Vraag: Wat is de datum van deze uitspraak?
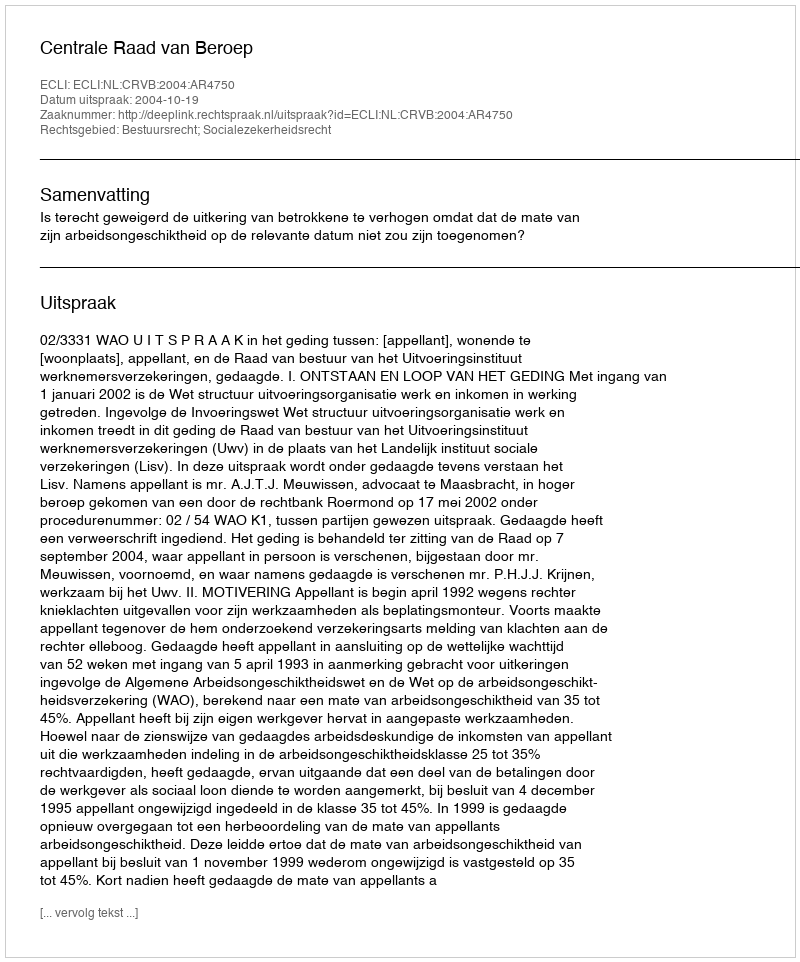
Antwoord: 2004-10-19